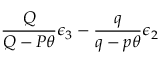
\frac { Q } { Q - P \theta } \epsilon _ { 3 } - \frac { q } { q - p \theta } \epsilon _ { 2 }